画像に写った文字を読んでください
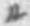
「ル」と書いてあります